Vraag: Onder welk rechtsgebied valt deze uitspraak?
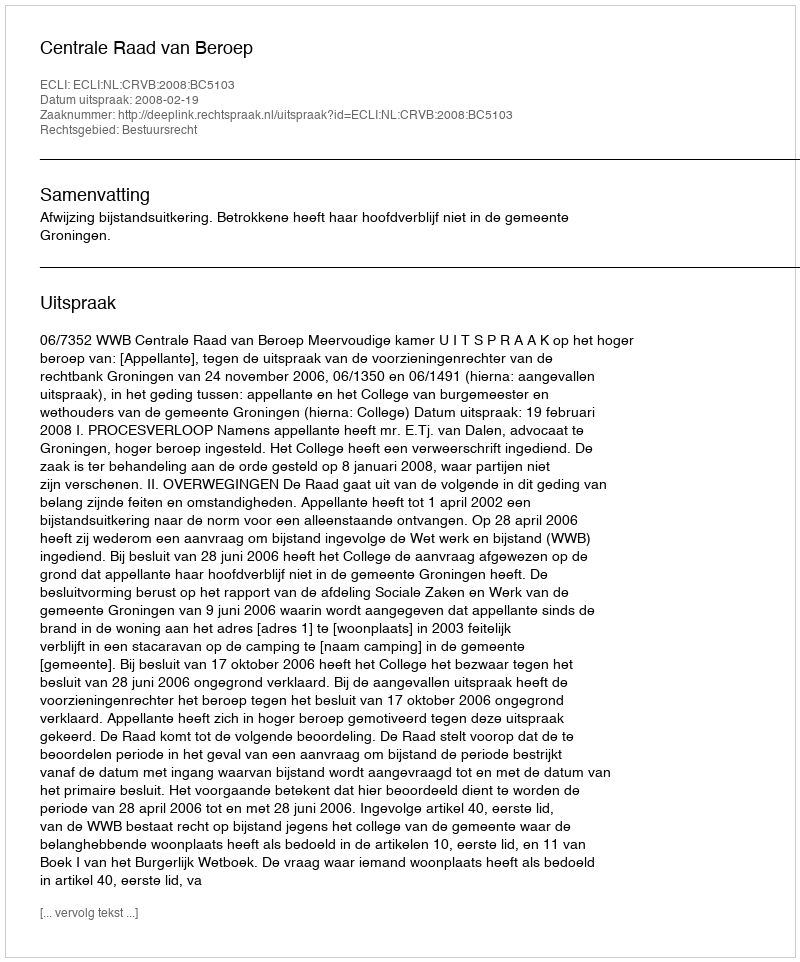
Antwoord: Bestuursrecht